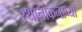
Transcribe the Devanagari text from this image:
स्थानांकनाच्या